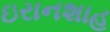
ઇરાનશાહ